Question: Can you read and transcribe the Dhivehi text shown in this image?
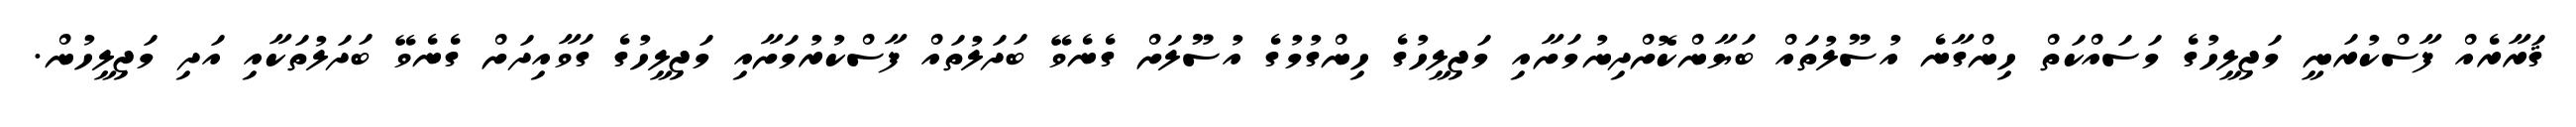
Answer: ޤަރާރެއް ފާސްކުރަނީ މަޖިލީހުގެ މަސައްކަތް ހިންގާނެ އުސޫލުތައް ބަޔާންކޮށްދިނުމަށާއި މަޖިލީހުގެ ހިންގުމުގެ އުސޫލަށް ގެނެވޭ ބަދަލުތައް ފާސްކުރުމަށާއި މަޖިލީހުގެ ގަވާއިދަށް ގެނެވޭ ބަދަލުތަކާއި އަދި މަޖިލީހުން.